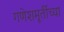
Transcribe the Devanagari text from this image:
गणेशमूर्तीच्या